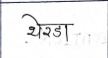
मजकूर: थेरडा